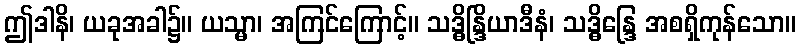
ဤဒါနိ၊ ယခုအခါ၌။ ယသ္မာ၊ အကြင်ကြောင့်။ သဒ္ဓိန္ဒြိယာဒီနံ၊ သဒ္ဓိန္ဒြေ အစရှိကုန်သော။